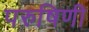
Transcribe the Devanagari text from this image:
परुषिणी